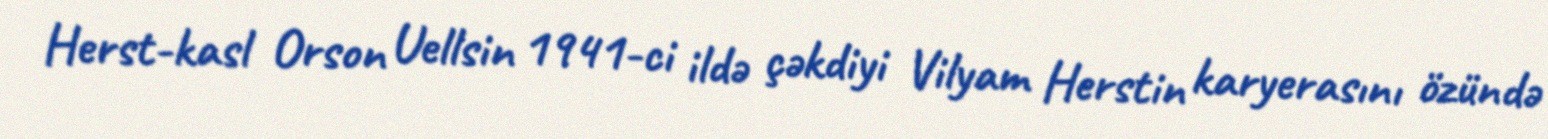
Herst-kasl Orson Uellsin 1941-ci ildə çəkdiyi Vilyam Herstin karyerasını özündə